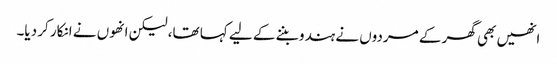
انھیں بھی گھر کے مردوں نے ہندو بننے کے لیے کہا تھا، لیکن انھوں نے انکار کر دیا۔